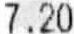
7.20